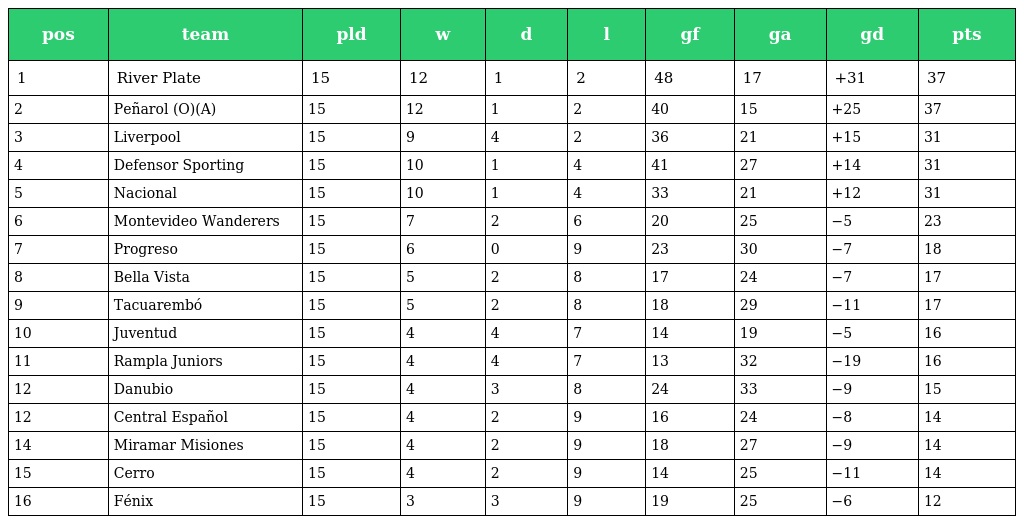
| pos | team | pld | w | d | l | gf | ga | gd | pts |
 | --- | --- | --- | --- | --- | --- | --- | --- | --- | --- |
 | 1 | River Plate | 15 | 12 | 1 | 2 | 48 | 17 | +31 | 37 |
 | 2 | Peñarol (O)(A) | 15 | 12 | 1 | 2 | 40 | 15 | +25 | 37 |
 | 3 | Liverpool | 15 | 9 | 4 | 2 | 36 | 21 | +15 | 31 |
 | 4 | Defensor Sporting | 15 | 10 | 1 | 4 | 41 | 27 | +14 | 31 |
 | 5 | Nacional | 15 | 10 | 1 | 4 | 33 | 21 | +12 | 31 |
 | 6 | Montevideo Wanderers | 15 | 7 | 2 | 6 | 20 | 25 | −5 | 23 |
 | 7 | Progreso | 15 | 6 | 0 | 9 | 23 | 30 | −7 | 18 |
 | 8 | Bella Vista | 15 | 5 | 2 | 8 | 17 | 24 | −7 | 17 |
 | 9 | Tacuarembó | 15 | 5 | 2 | 8 | 18 | 29 | −11 | 17 |
 | 10 | Juventud | 15 | 4 | 4 | 7 | 14 | 19 | −5 | 16 |
 | 11 | Rampla Juniors | 15 | 4 | 4 | 7 | 13 | 32 | −19 | 16 |
 | 12 | Danubio | 15 | 4 | 3 | 8 | 24 | 33 | −9 | 15 |
 | 12 | Central Español | 15 | 4 | 2 | 9 | 16 | 24 | −8 | 14 |
 | 14 | Miramar Misiones | 15 | 4 | 2 | 9 | 18 | 27 | −9 | 14 |
 | 15 | Cerro | 15 | 4 | 2 | 9 | 14 | 25 | −11 | 14 |
 | 16 | Fénix | 15 | 3 | 3 | 9 | 19 | 25 | −6 | 12 |